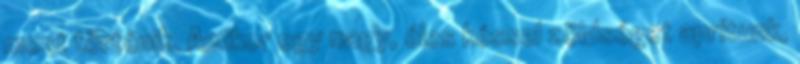
most történik. Amikor egy nagy, éles késsel zöldséget aprítunk,